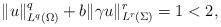
LaTeX: \begin{align*} \|u\|^q_{L^q(\Omega)}+b\|\gamma u\|^r_{L^r(\Sigma)}=1<2,\end{align*}